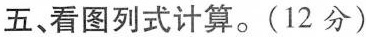
五、看图列式计算。(12分)